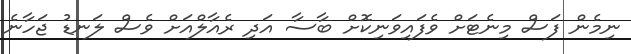
ނިމެން ފަސް މިނެޓަށް ވެފައިވަނިކޮށް ބާސާ އަދި ރެއާލްއަށް ވެސް ލަނޑު ޖަހާނެ